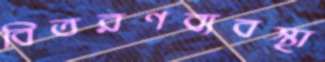
বিতরণব্যবস্থা